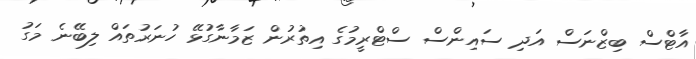
އާޓްސް ބިޒްނަސް އަދި ސައިންސް ސްޓްރީމުގެ އިތުރުން ޒަމާނާގުޅޭ ހުނަރުތައް ލިބޭނެ މަގު